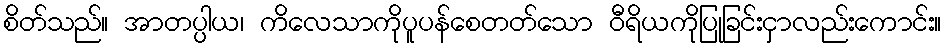
စိတ်သည်။ အာတပ္ပါယ၊ ကိလေသာကိုပူပန်စေတတ်သော ဝီရိယကိုပြုခြင်းငှာလည်းကောင်း။